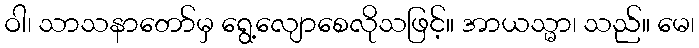
ဝါ၊ သာသနာတော်မှ ရွေ့လျောစေလိုသဖြင့်။ အာယသ္မာ၊ သည်။ မေ၊